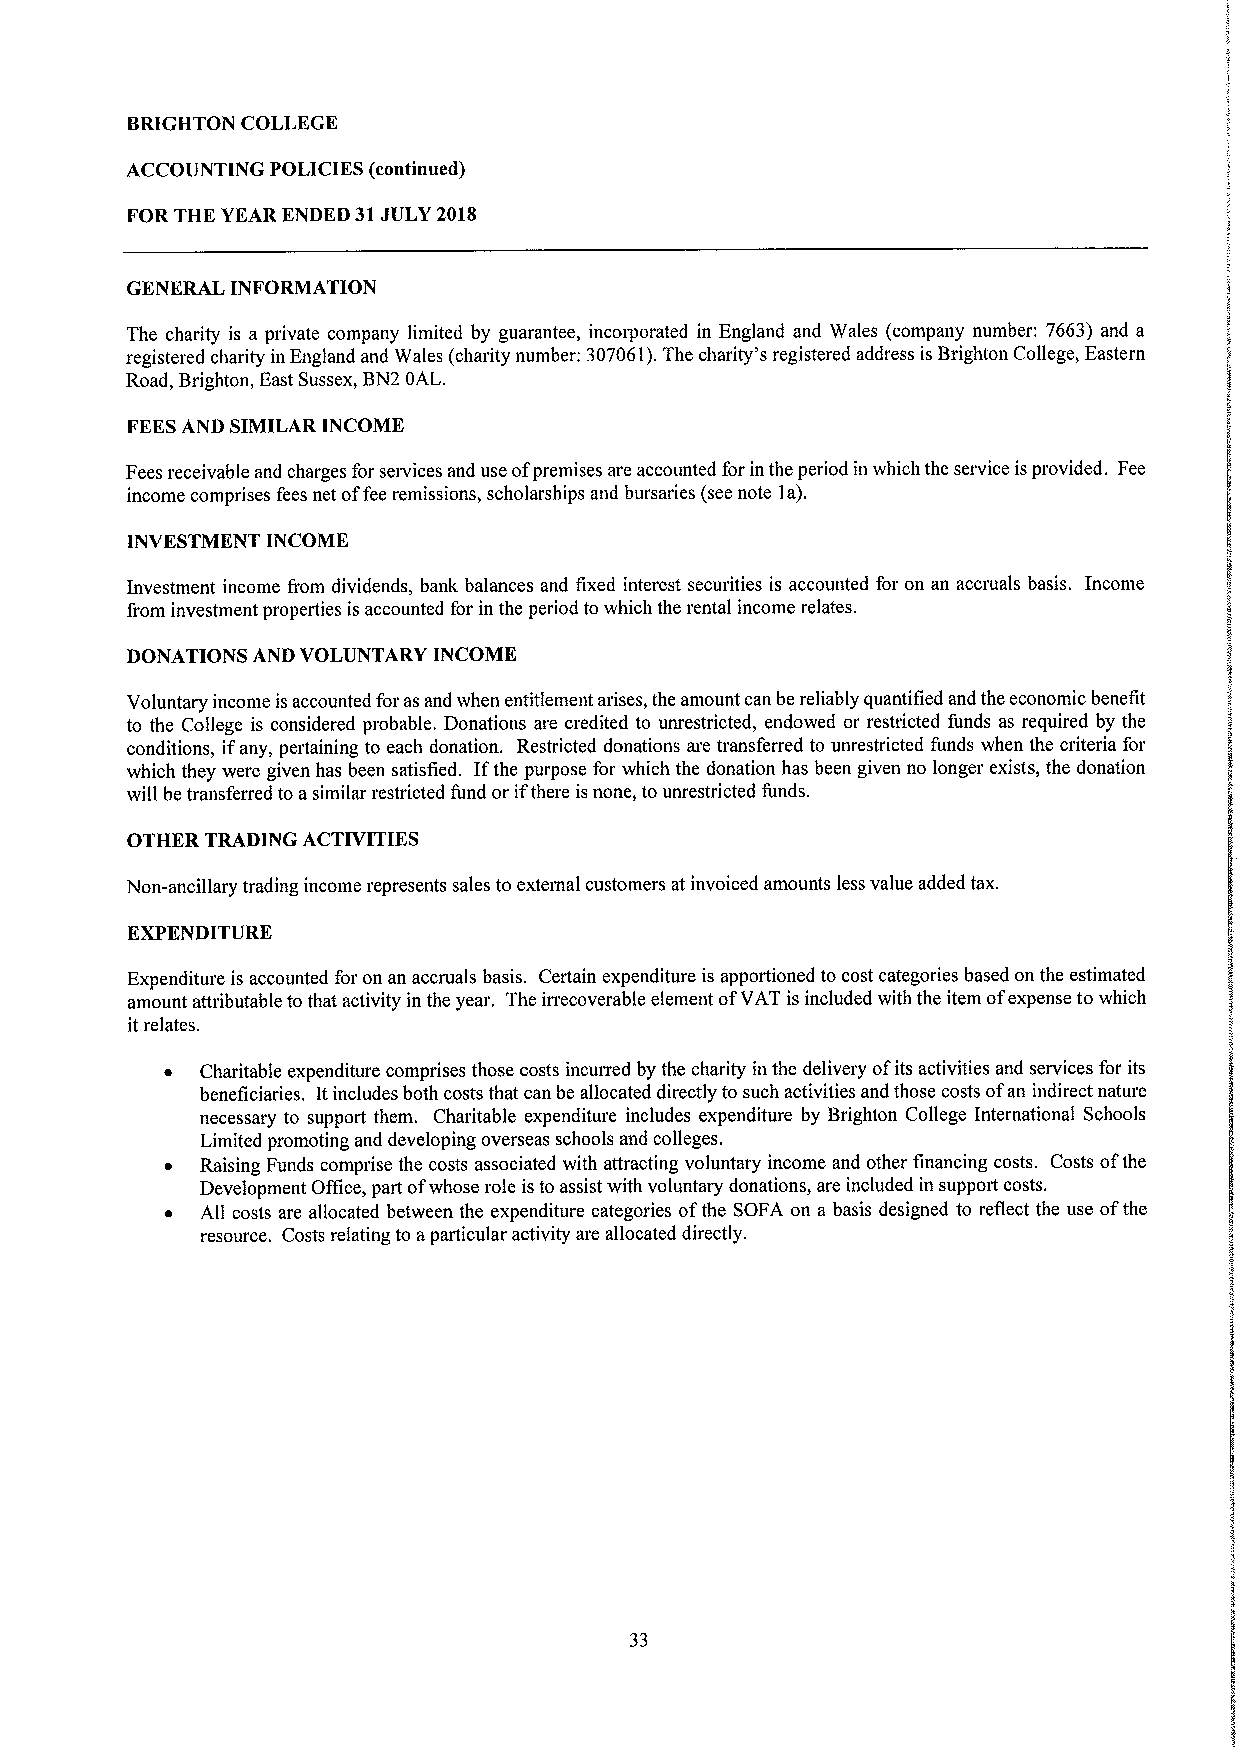
BRIGHTON COLLEGE
 ACCOUNTING POLICIES (continued)
 FOR THE YEAR ENDED 31JULY 2018
 GENERAL INFORMATION
 The charity is a private company limited by guarantee, incorporated in England and Wales (company number; 7663) and a
 registered charity in England and Wales (charity number: 307061).The charity's registered address is Brighton College, Eastern
 Road, Brighton, East Sussex, BN2 OAL.
 FEESAND SIMILAR INCOME
 Fees receivable and charges for seivices and use ofpremises are accounted for in the period in which the service isprovided. Fee
 income comprises fees net offee remissions, scholarships and bursaries (see note la).
 INVESTMENT INCOME
 Investment income from dividends, bank balances and fixed interest securities is accounted for on an accruals basis. Income
 from investment properties is accounted for in the period towhich the rental income relates.
 DONATIONS AND VOLUNTARY INCOME
 Voluntary income is accounted foras and when entitlement arises, the amount can be reliably quantified and the economic benefit
 to the College is considered probable. Donations are credited to unrestricted, endowed or restricted funds as required by the
 conditions, ifany, pertaining to each donation. Restricted donations are transferred to unrestricted funds when the criteria for
 which they were given has been satisfied. Ifthe purpose for which the donation has been given no longer exists, the donation
 will betransferred to asimilar restricted fund or ifthere is none, to unrestricted funds.
 OTHER TRADING ACTIVITIES
 Non-ancillary trading income represents sales to external customers at invoiced amounts less value added tax.
 EXPENDITURE
 Expenditure is accounted for on an accruals basis. Certain expenditure is apportioned to cost categories based on the estimated
 amount attributable to that activity in the year. The irrecoverable element ofVAT is included with the item ofexpense to which
 it relates.
 ~ Charitable expenditure comprises those costs incurred by the charity in the delivery ofits activities and services for its
 beneficiaries. Itincludes both costs that can be allocated directly to such activities and those costs ofan indirect nature
 necessary to support them. Charitable expenditure includes expenditure by Brighton College International Schools
 Limited promoting and developing overseas schools and colleges.
 ~ Raising Funds comprise the costs associated with attracting voluntary income and other financing costs. Costs ofthe
 Development Office, part ofwhose role isto assist with voluntary donations, are included in support costs.
 ~ All costs are allocated between the expenditure categories ofthe SOFA on a basis designed to reflect the use ofthe
 resource. Costs relating to aparticular activity are allocated directly.
 33